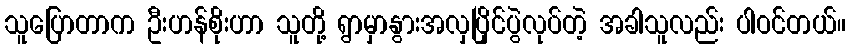
သူပြောတာက ဦးဟန်စိုးဟာ သူတို့ ရွာမှာနွားအလှပြိုင်ပွဲလုပ်တဲ့ အခါသူလည်း ပါဝင်တယ်။